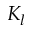
K _ { l }